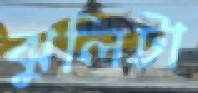
ঝুলিটা